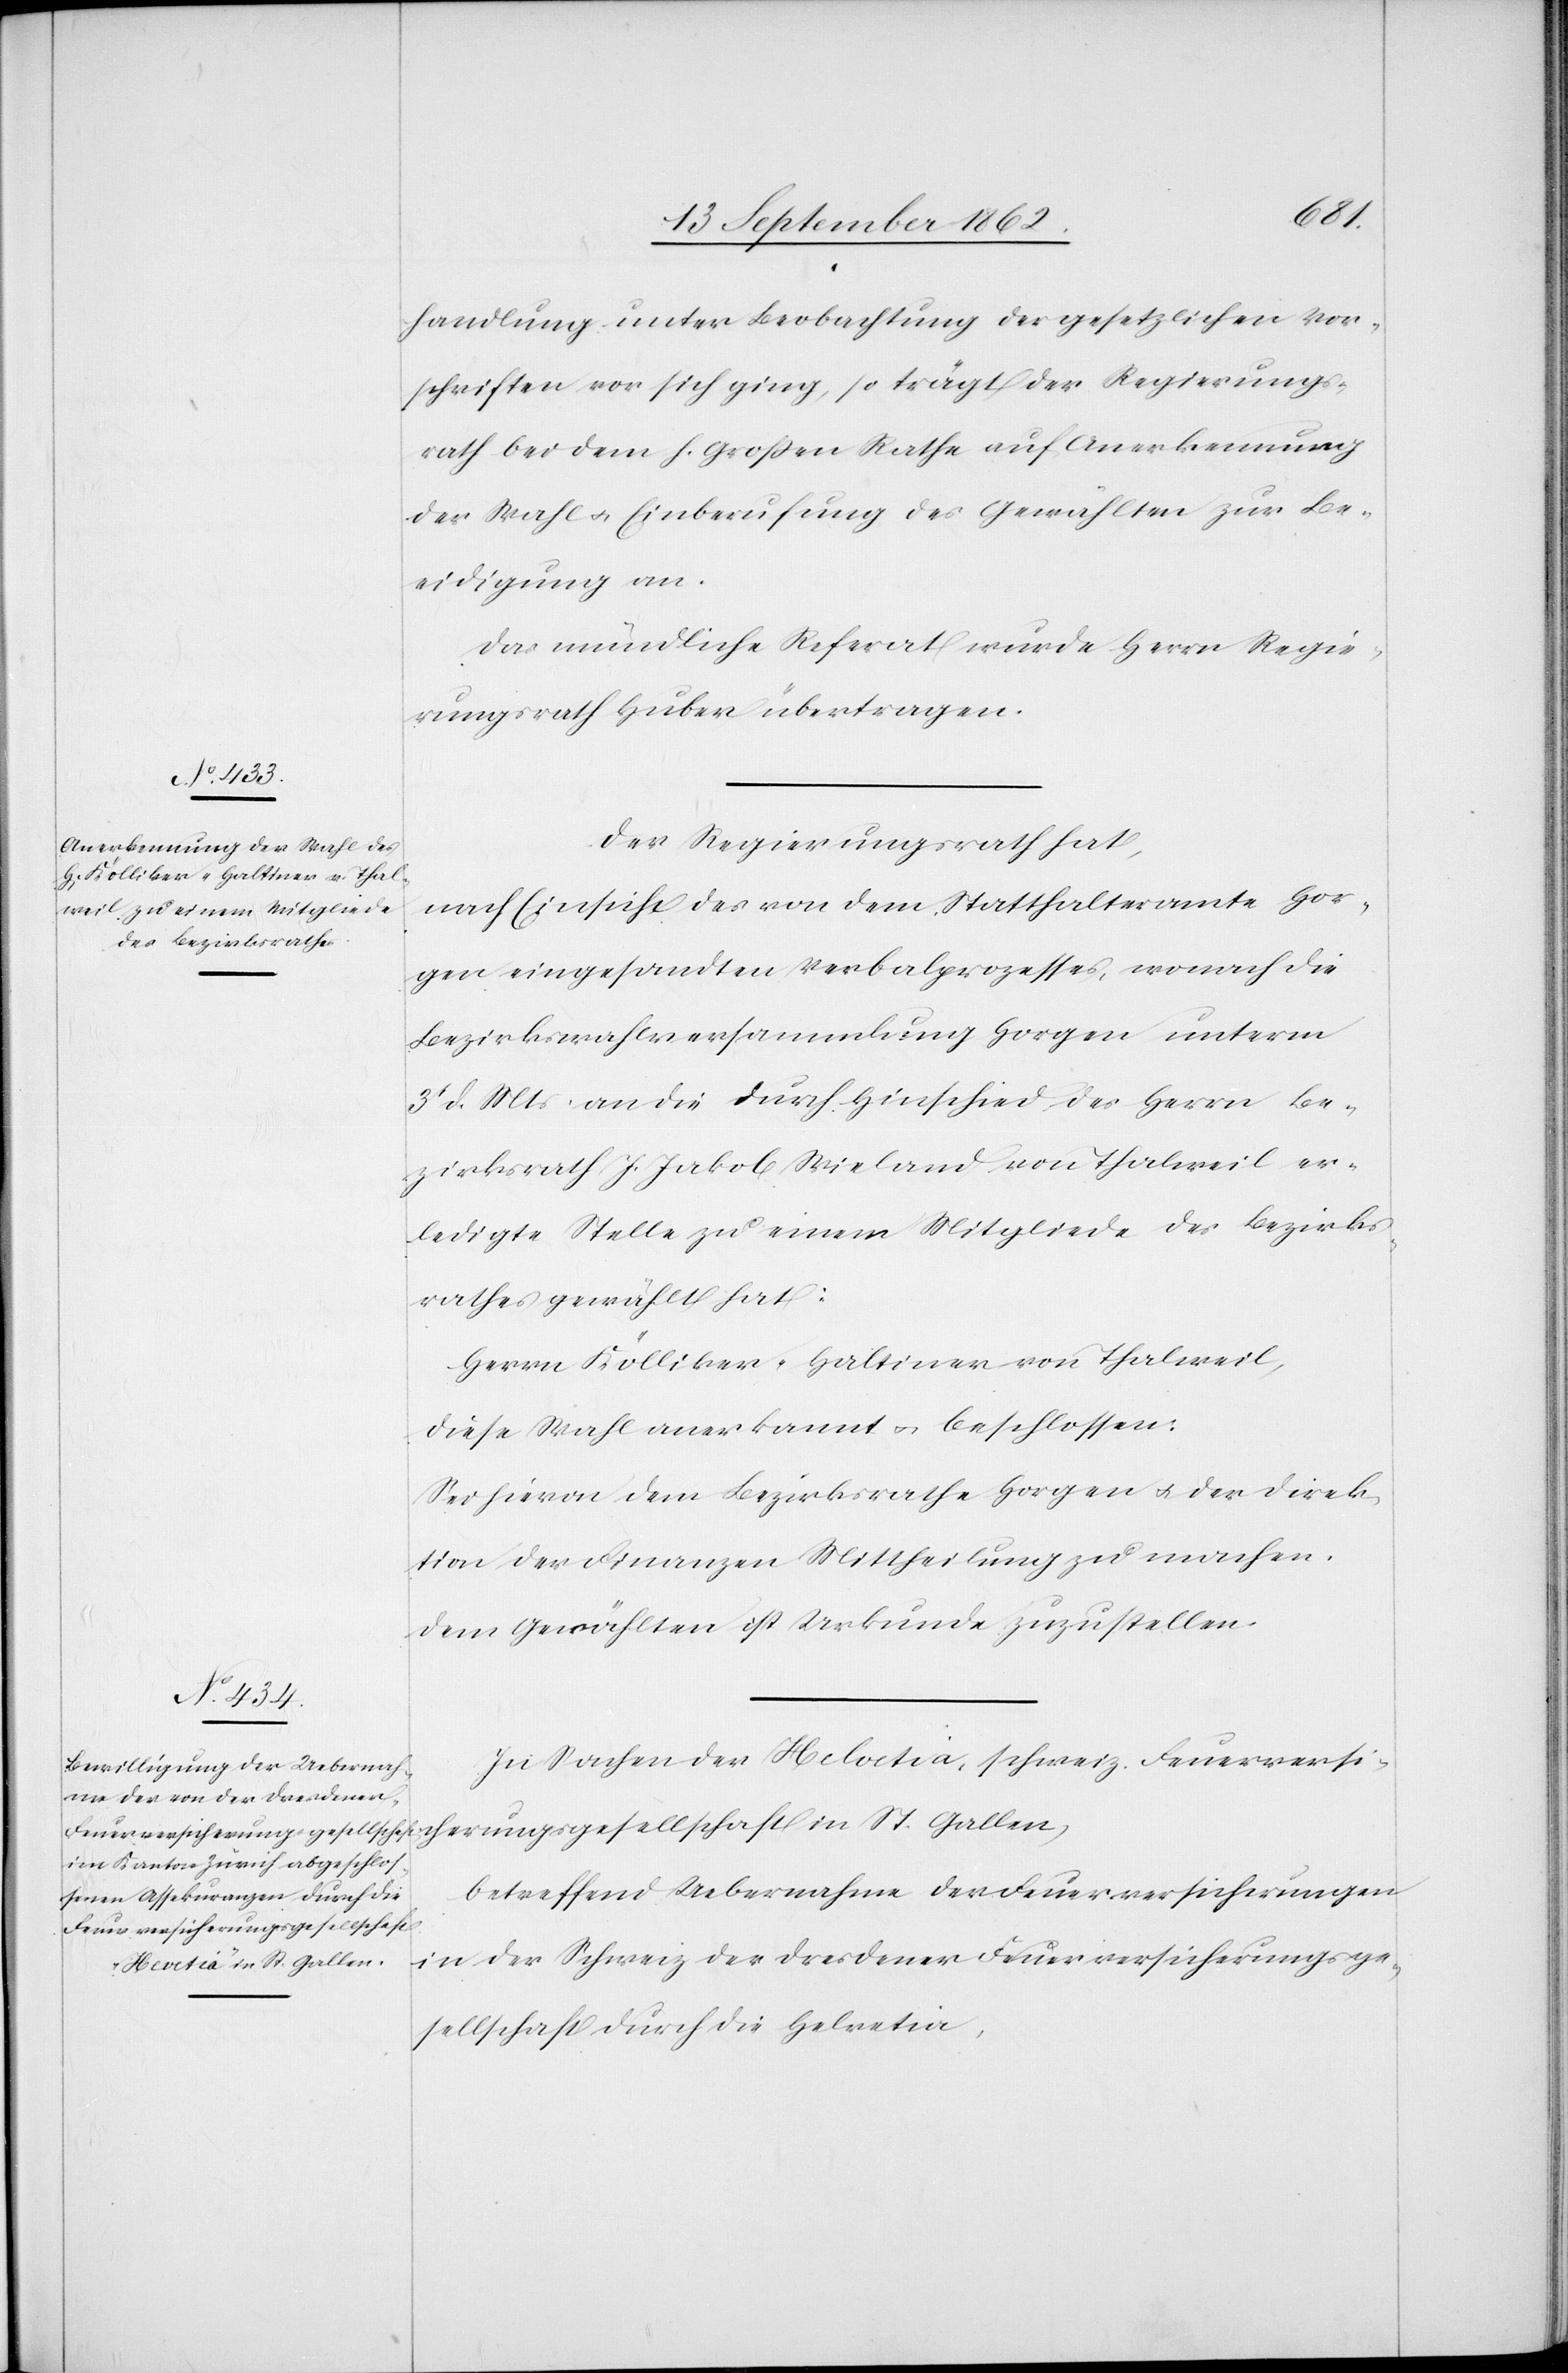
handlung unter Beobachtung der gesetzlichen Vor¬
schriften vor sich ging, so trägt der Regierungs¬
rath bei dem h. Großen Rathe auf Anerkennung
der Wahl u. Einberufung des Gewählten zur Be¬
eidigung an.
Das mündliche Referat wurde Herrn Regie¬
rungsrath Huber übertragen.
herungsgesell¬
Der Regierungsrath hat,
nach Einsicht des von dem Statthalteramte Hor¬
gen eingesandten Verbalprozesses, wonach die
Bezirkswahlversammlung Horgen unterm
3t d. Mts. an die durch Hinschied des Herrn Be¬
zirksrath J. Jakob Wieland von Thalweil er¬
ledigte Stelle zu einem Mitgliede des Bezirks¬
rathes gewählt hat:
Herrn Kölliker-Haltiner von Thalweil,
diese Wahl anerkannt u. beschlossen:
Sei hievon dem Bezirksrathe Horgen u. der Direk¬
tion der Finanzen Mittheilung zu machen.
Dem Gewählten ist Urkunde zuzustellen.
In Sachen der Helvetia, schweiz. Feuerversic¬
betreffend Uebernahme der Feuerversicherungen
in der Schweiz der Dresdener Feuerversicherungsge¬
schaft in St. Gallen,
sellschaft durch die Helvetia,